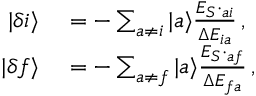
\begin{array} { r l } { \ensuremath { | \delta i \rangle } } & { { } = - \sum _ { a \neq i } \ensuremath { | a \rangle } \frac { { \mathbfcal { E } } _ { S } \cdot \v { D } _ { a i } } { \Delta { E _ { i a } } } \, , } \\ { \ensuremath { | \delta f \rangle } } & { { } = - \sum _ { a \neq f } \ensuremath { | a \rangle } \frac { { \mathbfcal { E } } _ { S } \cdot \v { D } _ { a f } } { \Delta { E _ { f a } } } \, , } \end{array}